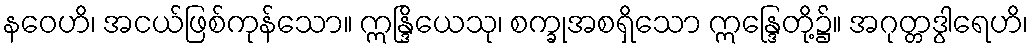
နဝေဟိ၊ အငယ်ဖြစ်ကုန်သော။ ဣန္ဒြိယေသု၊ စက္ခုအစရှိသော ဣန္ဒြေတို့၌။ အဂုတ္တဒွါရေဟိ၊